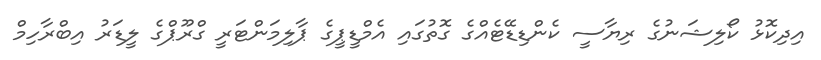
އިދިކޮޅު ކޯލިޝަނުގެ ރިޔާސީ ކެންޑިޑޭޓެއްގެ ގޮތުގައި އެމްޑީޕީގެ ޕާލިމަންޓަރީ ގްރޫޕްގެ ލީޑަރު އިބްރާހިމް